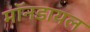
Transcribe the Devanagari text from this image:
मॉनडायल